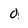
Character: 0